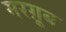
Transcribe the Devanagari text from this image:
मरग़ूूब